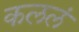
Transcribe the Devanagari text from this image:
कललं